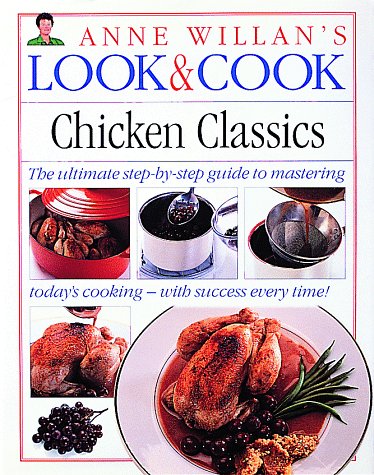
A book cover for Look & Cook Chicken Classics: The Ultimate Step-By-Step Guide to Mastering Today's Cooking- with Success Every Time!; Anne Willan; Cookbooks, Food & Wine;